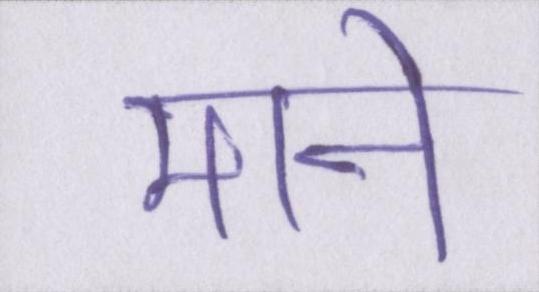
माने